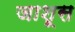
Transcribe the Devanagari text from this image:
जाशूस